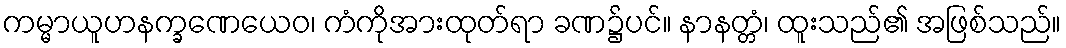
ကမ္မာယူဟနက္ခဏေယေဝ၊ ကံကိုအားထုတ်ရာ ခဏ၌ပင်။ နာနတ္တံ၊ ထူးသည်၏ အဖြစ်သည်။